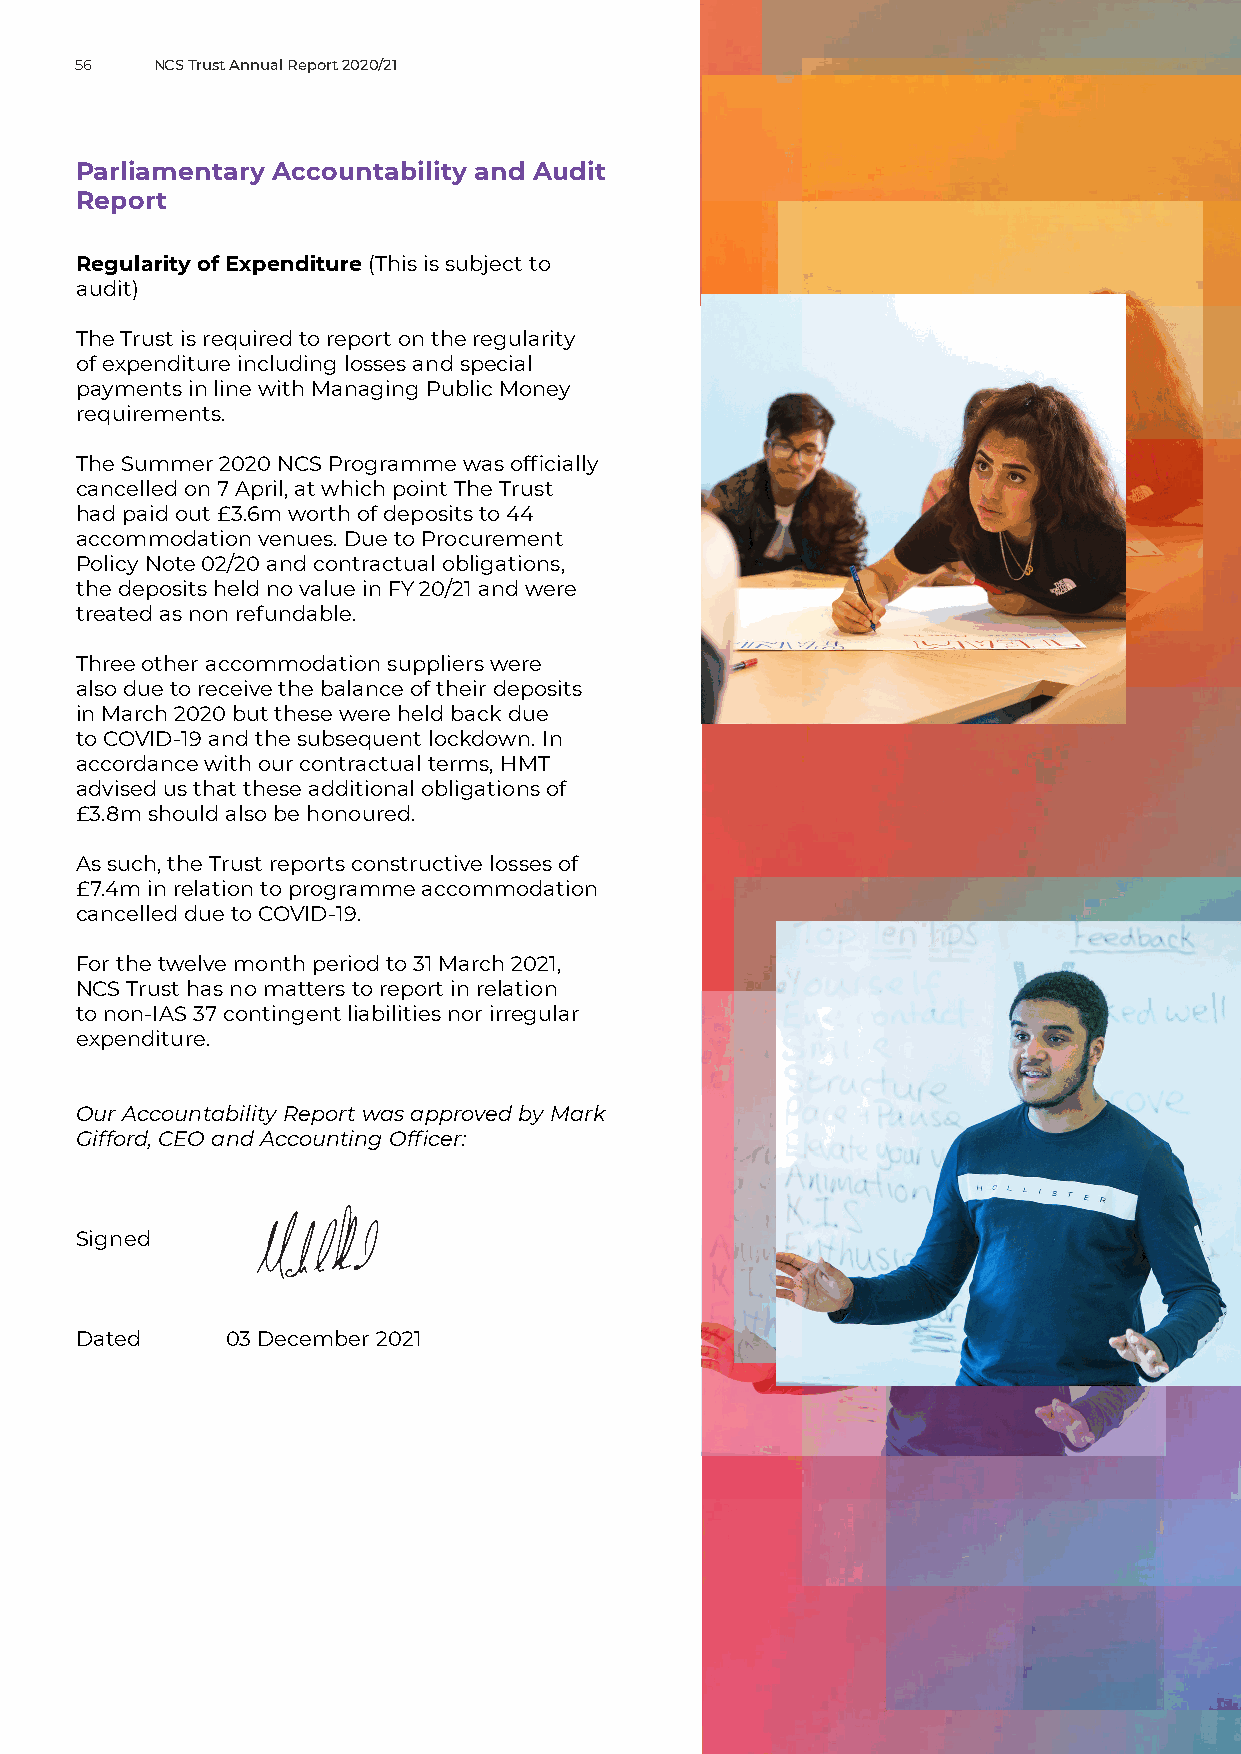
56   NCS Trust Annual Report 2020/21
 Parliamentary Accountability and Audit
 Report
 Regularity of Expenditure (This is subject to
 audit)
 The Trust is required to report on the regularity
 of expenditure including losses and special
 payments in line with Managing Public Money
 requirements.
 The Summer 2020 NCS Programme was officially
 cancelled on 7 April, at which point The Trust
 had paid out £3.6m worth of deposits to 44
 accommodation venues. Due to Procurement
 Policy Note 02/20 and contractual obligations,
 the deposits held no value in FY 20/21 and were
 treated as non refundable.
 Three other accommodation suppliers were
 also due to receive the balance of their deposits
 in March 2020 but these were held back due
 to COVID-19 and the subsequent lockdown. In
 accordance with our contractual terms, HMT
 advised us that these additional obligations of
 £3.8m should also be honoured.
 As such, the Trust reports constructive losses of
 £7.4m in relation to programme accommodation
 cancelled due to COVID-19.
 For the twelve month period to 31 March 2021,
 NCS Trust has no matters to report in relation
 to non-IAS 37 contingent liabilities nor irregular
 expenditure.
 Our Accountability Report was approved by Mark
 Gifford, CEO and Accounting Officer:
 Signed
 Dated     03 December 2021